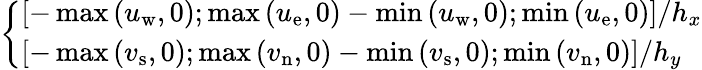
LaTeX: \left\{ \begin{array}{ll}{\left[-\operatorname*{max}\left(u_{\mathrm{w}},0\right);\operatorname*{max}\left(u_{\mathrm{e}},0\right)-\operatorname*{min}\left(u_{\mathrm{w}},0\right);\operatorname*{min}\left(u_{\mathrm{e}},0\right)\right]/h_{x}}\\ {\left[-\operatorname*{max}\left(v_{\mathrm{s}},0\right);\operatorname*{max}\left(v_{\mathrm{n}},0\right)-\operatorname*{min}\left(v_{\mathrm{s}},0\right);\operatorname*{min}\left(v_{\mathrm{n}},0\right)\right]/h_{y}}\end{array}\right.